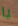
يا